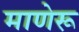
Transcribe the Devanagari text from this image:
माणेरू